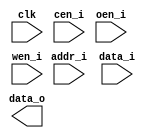
module fetch_ram_1p_128x32 (
  clk    ,
  cen_i  , // low active
  oen_i  , // low active
  wen_i  , // low active
  addr_i ,
  data_i ,
  data_o
);

//*** PARAMETER DECLARATION ****************************************************

  parameter Word_Width = 128 ;
  parameter Addr_Width = 5   ;


//*** INPUT/OUTPUT DECLARATION *************************************************

  input                     clk    ;
  input                     cen_i  ;
  input                     oen_i  ;
  input                     wen_i  ;
  input   [Addr_Width-1:0]  addr_i ;
  input   [Word_Width-1:0]  data_i ;
  output  [Word_Width-1:0]  data_o ;


//*** MAIN BODY ****************************************************************

  // ram_1p #(
  //   .Addr_Width    ( Addr_Width    ),
  //   .Word_Width    ( Word_Width    )
  // ) ram (                          
  //   .clk           ( clk           ),
  //   .cen_i         ( cen_i         ),
  //   .oen_i         ( oen_i         ),
  //   .wen_i         ( wen_i         ),
  //   .addr_i        ( addr_i        ),
  //   .data_i        ( data_i        ),
  //   .data_o        ( data_o        )
  //   );


`ifdef RTL_MODEL 
ram_1p #(
    .Addr_Width(   Addr_Width     ) , 
    .Word_Width(   Word_Width     )
    ) ram (                          
    .clk           ( clk           ),
    .cen_i         ( cen_i         ),
    .oen_i         ( oen_i         ),
    .wen_i         ( wen_i         ),
    .addr_i        ( addr_i        ),
    .data_i        ( data_i        ),
    .data_o        ( data_o        )
    );

`endif

`ifdef XM_MODEL 
  rfsphd_32x128 u_rfsphd_32x128(
      .Q       ( data_o       ), // output data 
      .CLK     ( clk          ), // clk 
      .CEN     ( cen_i        ), // low active 
      .WEN     ( wen_i        ), // low active 
      .A       ( addr_i       ), // address 
      .D       ( data_i       ), // input data 
      .EMA     ( 3'b1 ),  
      .EMAW    ( 2'b0 ),
      .RET1N   ( 1'b1 ) 
        );
`endif

endmodule